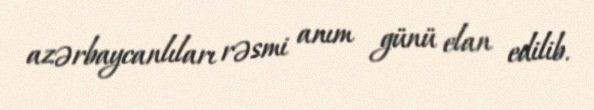
azərbaycanlıları rəsmi anım günü elan edilib.